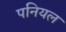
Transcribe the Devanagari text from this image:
पनियल